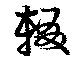
輟